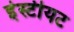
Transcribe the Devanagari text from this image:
इंस्टीयट